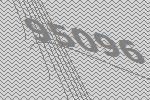
95096